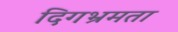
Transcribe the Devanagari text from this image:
दिगभ्रमता